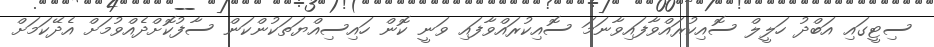
ސިޓީގައި އަބްދު ހަލީލް ސޮއިކުރައްވާފައިވާނަމަ ސޮއިކުރައްވާފައި ވަނީ ކޮން ހައިސިއްޔަތަކުންކަން ސާފުކޮށްދެއްވުމަށް އެދޭކަމަށް